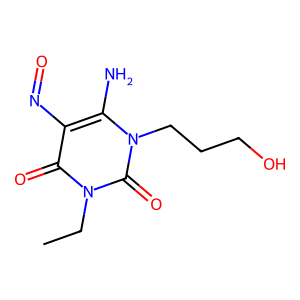
SMILES: CCn1c(=O)c(N=O)c(N)n(CCCO)c1=O
Inhibits HIV replication: No